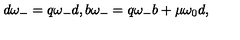
d \omega _ { - } = q \omega _ { - } d , b \omega _ { - } = q \omega _ { - } b + \mu \omega _ { 0 } d ,